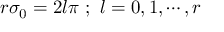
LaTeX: r \sigma _ { 0 } = 2 l \pi ~ ; ~ l = 0 , 1 , \cdots , r